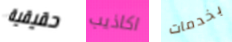
حقيقية اكاذيب بخدمات